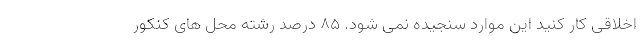
اخلاقی کار کنید این موارد سنجیده نمی شود. 85 درصد رشته محل های کنکور